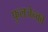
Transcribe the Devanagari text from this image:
फुलजेन्को